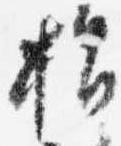
指